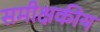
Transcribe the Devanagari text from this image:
समीक्षकीय